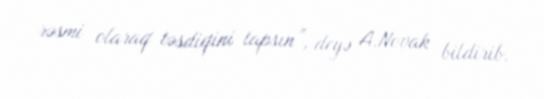
rəsmi olaraq təsdiqini tapsın”, deyə A.Novak bildirib.